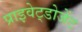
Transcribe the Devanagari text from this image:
प्राइवेट्डोजेंट